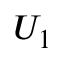
U _ { 1 }